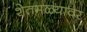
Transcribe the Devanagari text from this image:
शेतमळ्यावर